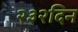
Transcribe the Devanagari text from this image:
२३२दिन